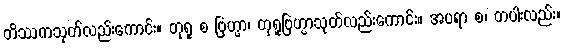
တိဿကသုတ်လည်းကောင်း။ တုရူ စ ဗြဟ္မာ၊ တုရူဗြဟ္မာသုတ်လည်းကောင်း။ အပရာ စ၊ တပါးလည်း။